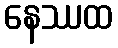
နေဿထ